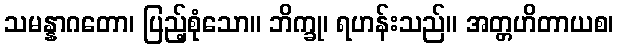
သမန္နာဂတော၊ ပြည့်စုံသော။ ဘိက္ခု၊ ရဟန်းသည်။ အတ္တဟိတာယစ၊